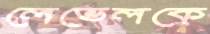
লেভেলকে